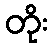
တိုး